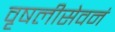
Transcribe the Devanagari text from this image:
वृषलीसेवनं